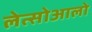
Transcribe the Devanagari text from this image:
लेत्सोआलो